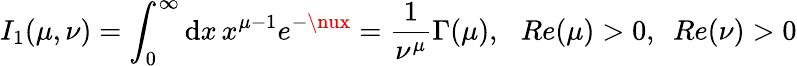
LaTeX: I_{1}(\mu,\nu)=\int_{0}^{\infty}\mathrm{d}x\, x^{\mu-1}e^{-\nux}=\frac{1}{{\nu^{\mu}}}\Gamma(\mu),\, \, \, \, Re(\mu)>0,\, \, \, Re(\nu)>0